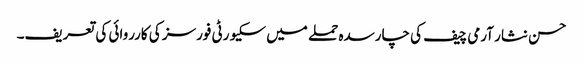
حسن نثار آرمی چیف کی چارسدہ حملے میں سکیورٹی فورسز کی کارروائی کی تعریف۔